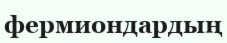
фермиондардың